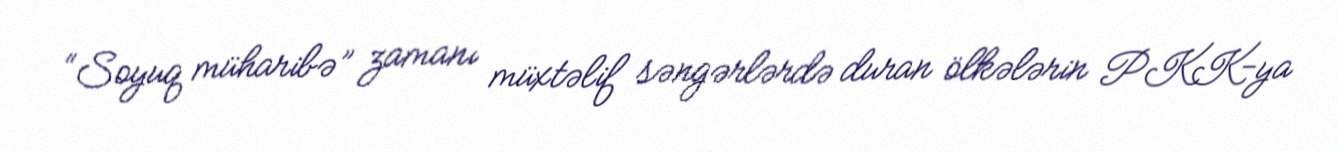
“Soyuq müharibə” zamanı müxtəlif səngərlərdə duran ölkələrin PKK-ya